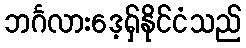
ဘင်္ဂလားဒေ့ရှ်နိုင်ငံသည်